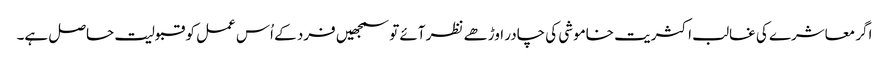
اگر معاشرے کی غالب اکثریت خاموشی کی چادر اوڑھے نظر آئے تو سمجھیں فرد کے اُس عمل کو قبولیت حاصل ہے۔